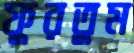
ফুরতুম